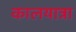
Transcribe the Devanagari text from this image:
कालयात्रा